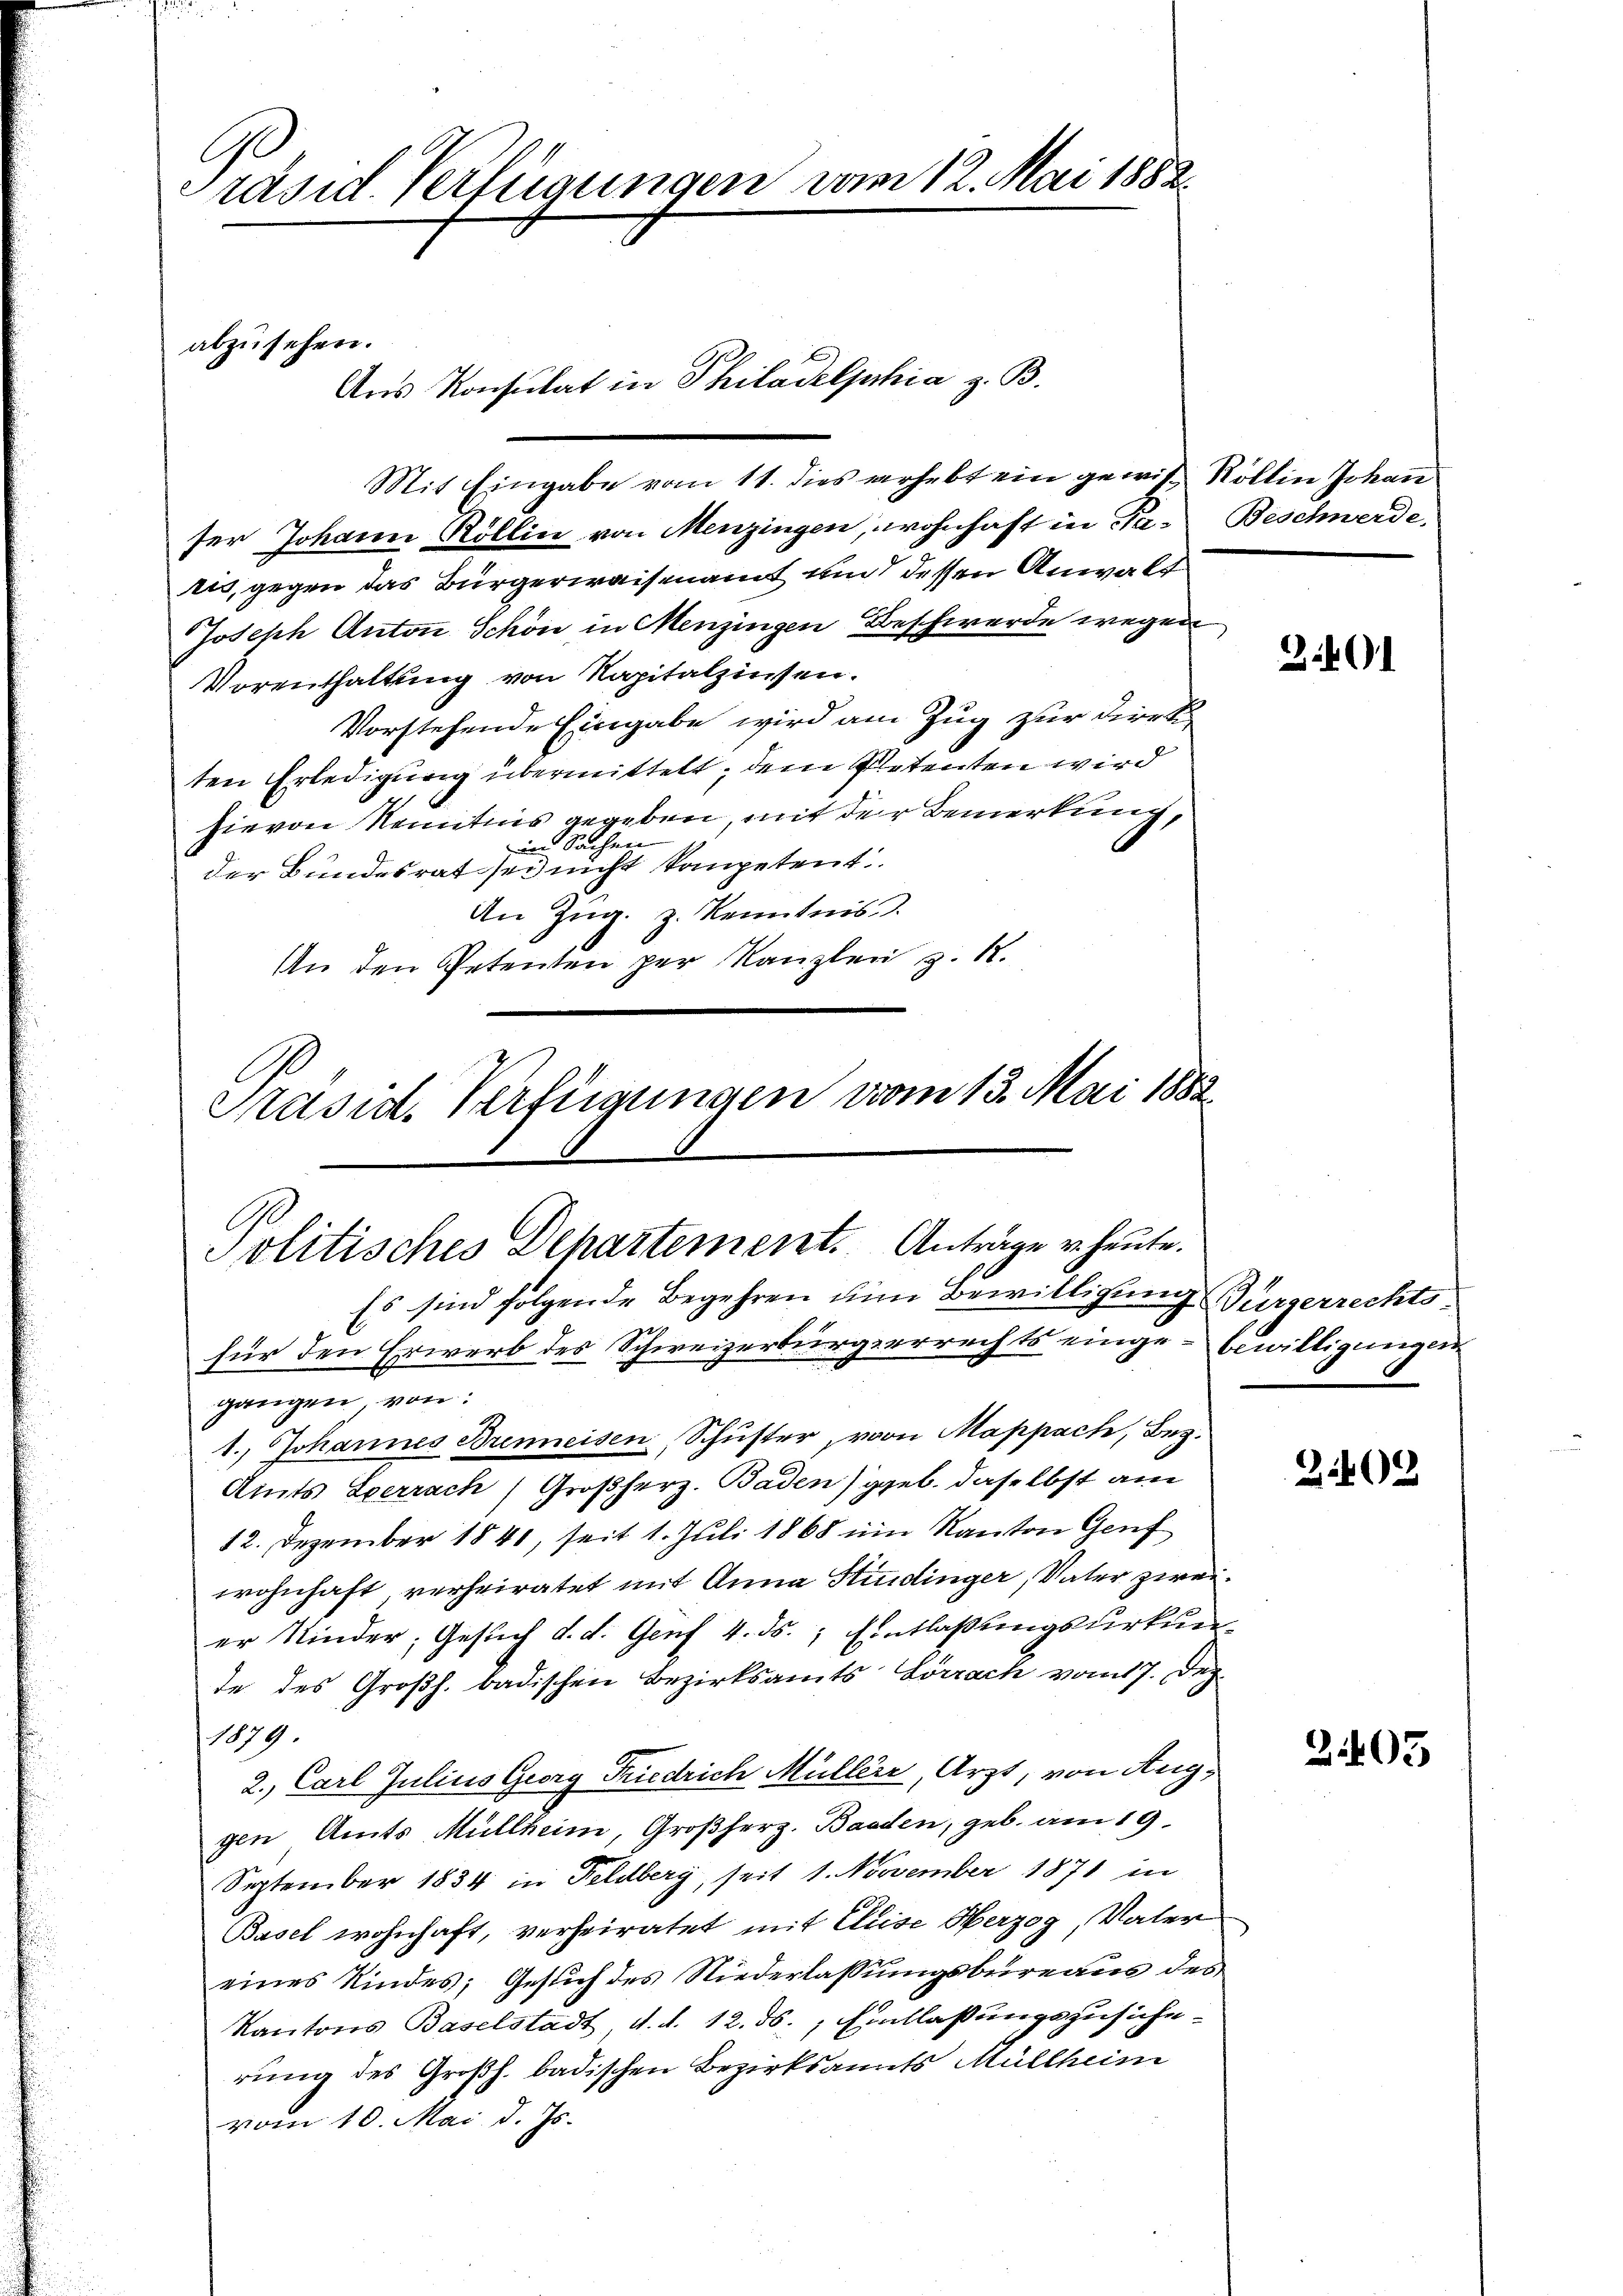
räsid. Verfügungen vom 12. Mai 1882.

Mit Eingabe vom 11. dies verhebt ein gewis Röllin Johan
ser Johann Röllin von Menzingen, wohnhaft in Ta-Beschwerde,
ris, gegen das Bürgerwaisenamt um dessen Anwalt
Joseph Anton Schön in Menzingen Beschwerde wegen
Vorenthaltung von Kapitalzinsen.
Vorstehende Eingabe wird am Zug zur Direkten Erledigung übermittelt, dem Petenten wird
hievon Kenntnis gegeben, mit der Bemerkung,
in Sachen
der Bundesrat sei nicht kompetent
An Zug, z. Kenntnis.
An den Petenten per Kanzlei z. K.
Präsid. Verfügungen vom 13. Mai 1882.

abzusehen.
Ans Konsulat in Philadelphia z. B.

Politisches Departement. Anträge u. heute.
Es sind folgende Begehren um Bewilligung Bürgerrechts-
für den Erwerb des Schweizerbürgerrechts einge-Bewilligungen

gangen, von:
1., Johannes Brenneisen, Schuster, von Mappach, Bez.
Aints Sperrach Großherz. Badenggeb. daselbst am
12. Dezember 1840, seit 1. Juli 1868 im Kanton Genf
wohnhaft verheiratet mit Anna Stindinger, Vater zweier Kinder, Gesuch d. d. Genf 4. ds. Entlaßungsurkunte des Großh. badischen Bezirksamts Lörrach vom 17. Dez.
1079.
2. Carl Julius Georg Friedrich Müller, Arzt, von Aug,
gen Amts Müllheim, Großherz. Baaden, geb. am 19.
September 1834 in Feldberg, seit 1. November 1871 in
Basel wohnhaft, verheiratet mit Elise Herzog, Vater
eines Kindes; Gesuch des Niederlassungsbureaus des
Kantons Baselstadt, d. d. 12. ds. Eintlaßungszusicherung des Großh. badischen Bezirksants Müllheim
vom 10. Mai d. Js.

2401

Z 403

2405